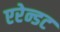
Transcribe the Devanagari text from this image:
एरेन्डट